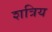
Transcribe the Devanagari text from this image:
शत्रिय